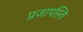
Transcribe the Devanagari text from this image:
प्रजापस्ति